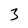
Character: 3